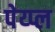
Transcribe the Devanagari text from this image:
पेय्प्ल